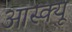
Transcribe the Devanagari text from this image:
आस्क्यू